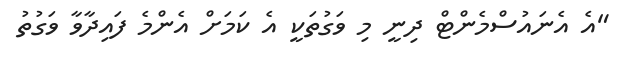
"އެ އެނައުސްމެންޓް ދިނީ މި ވަގުތަކީ އެ ކަމަށް އެންމެ ފައިދާވާ ވަގުތު